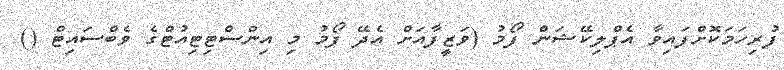
ފުރިހަމަކޮށްފައިވާ އެޕްލިކޭޝަން ފޯމު (ވަޒީފާއަށް އެދޭ ފޯމު މި އިންސްޓިޓިއުޓްގެ ވެބްސައިޓް ()